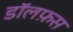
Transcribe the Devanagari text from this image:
डॉलफ़स